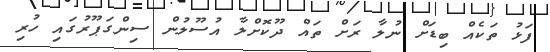
ފަޅު ތަކެއް ބިޑަށް ނުލާ ރަށް ތައް ދޫކޮށްލާ އުސޫލުން ސިންގަޕޫރުގައި ހުރި